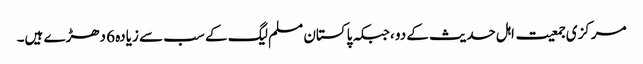
مرکزی جمعیت اہل حدیث کے دو ،جبکہ پاکستان مسلم لیگ کے سب سے زیادہ 6 دھڑے ہیں۔